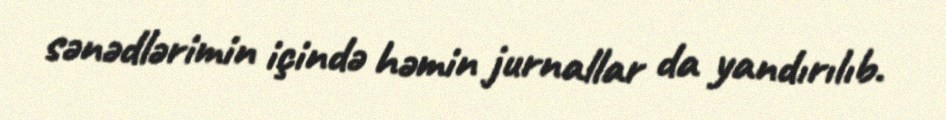
sənədlərimin içində həmin jurnallar da yandırılıb.